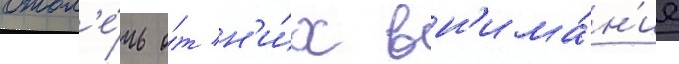
отвл'е́чь о́т н'и́х вн'има́н'ие